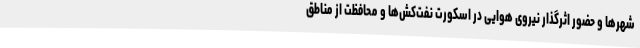
شهرها و حضور اثرگذار نیروی هوایی در اسکورت نفت‌کش‌ها و محافظت از مناطق